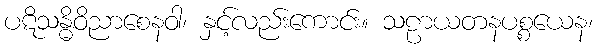
ပဋိသန္ဓိဝိညာစေနဝါ၊ နှင့်လည်းကောင်း။ သဠာယတနပစ္စယေန၊